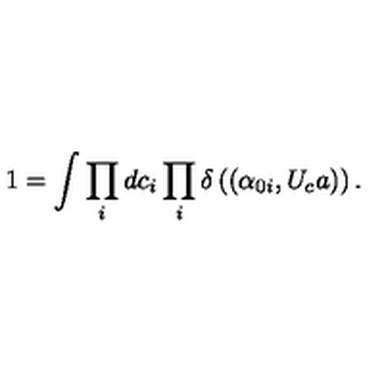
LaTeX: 1 = \int \prod _ { i } d c _ { i } \prod _ { i } \delta \left( ( \alpha _ { 0 i } , U _ { c } a ) \right) .